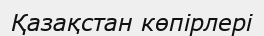
Қазақстан көпірлері